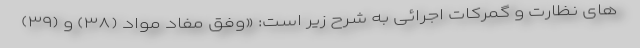
های نظارت و گمرکات اجرائی به شرح زیر است: «وفق مفاد مواد (۳۸) و (۳۹)